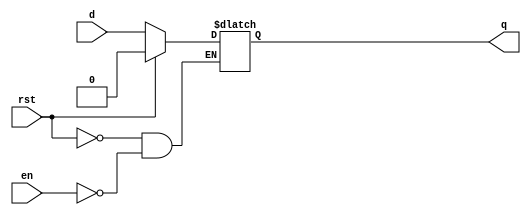

module dlatch(
  input d, 
  input en, 
  input rst, 
  output reg q
);
  
  always@(d,en,rst)
    begin
    	if(rst)
      		q<=0;
  	else
      		if(en)
        		q<=d;
    end
  
endmodule